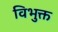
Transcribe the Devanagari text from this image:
विभुक्त